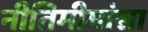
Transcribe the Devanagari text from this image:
नीतिमीमांसा